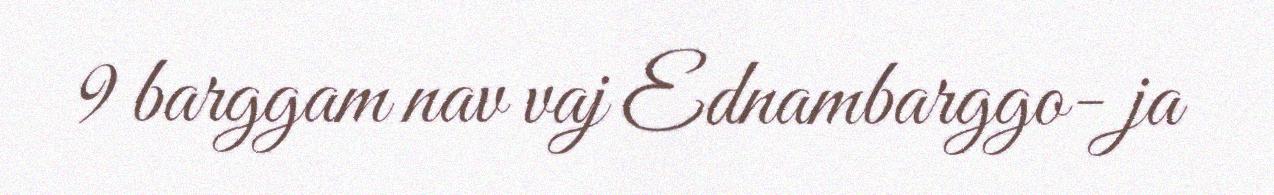
9 barggam nav vaj Ednambarggo- ja